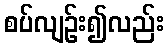
စပ်လျဉ်း၍လည်း